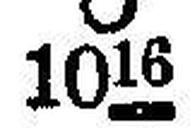
○ 1016